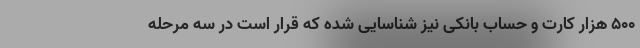
۵۰۰ هزار کارت و حساب بانکی نیز شناسایی شده که قرار است در سه مرحله